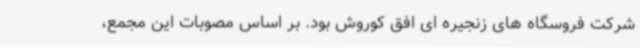
شرکت فروسگاه های زنجیره ای افق کوروش بود. بر اساس مصوبات این مجمع،